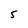
Character: 5